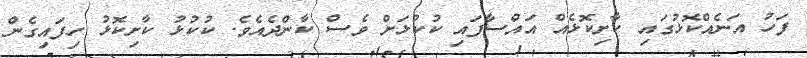
ފަހު އަނެއްކޮޅުގައި ކާށިކޮޅެއް އައްސާފައި ކުކުޅަށް ވެސް ކާންދެއެވެ. ކުކުޅު ކާށިކޮޅު ހިފައިގެން